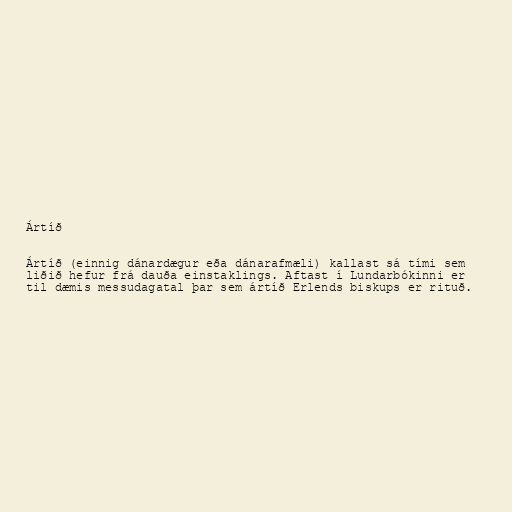
Ártíð

Ártíð (einnig dánardægur eða dánarafmæli) kallast sá tími sem
liðið hefur frá dauða einstaklings. Aftast í Lundarbókinni er
til dæmis messudagatal þar sem ártíð Erlends biskups er rituð.